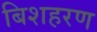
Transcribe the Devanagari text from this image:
बिशहरण